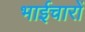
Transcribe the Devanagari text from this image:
भाईचारों